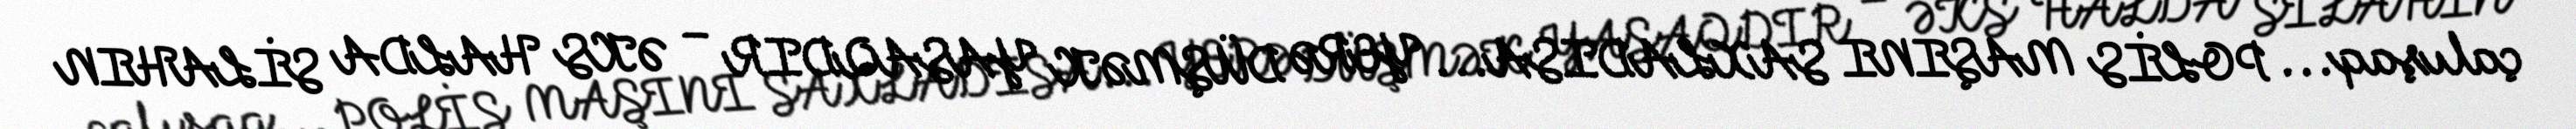
çalışaq... POLİS MAŞINI SAXLADISA... YERƏ DÜŞMƏK YASAQDIR – ƏKS HALDA SİLAHIN